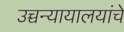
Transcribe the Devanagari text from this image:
उच्चन्यायालयांचे